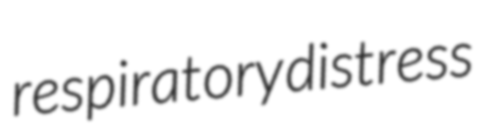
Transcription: respiratory distress